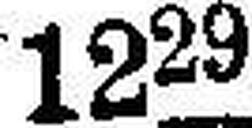
1229